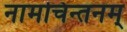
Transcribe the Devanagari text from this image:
नामचिन्तनम्